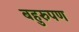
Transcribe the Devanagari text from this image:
बहुरुपण